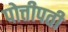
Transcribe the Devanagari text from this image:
पोत्तीपती